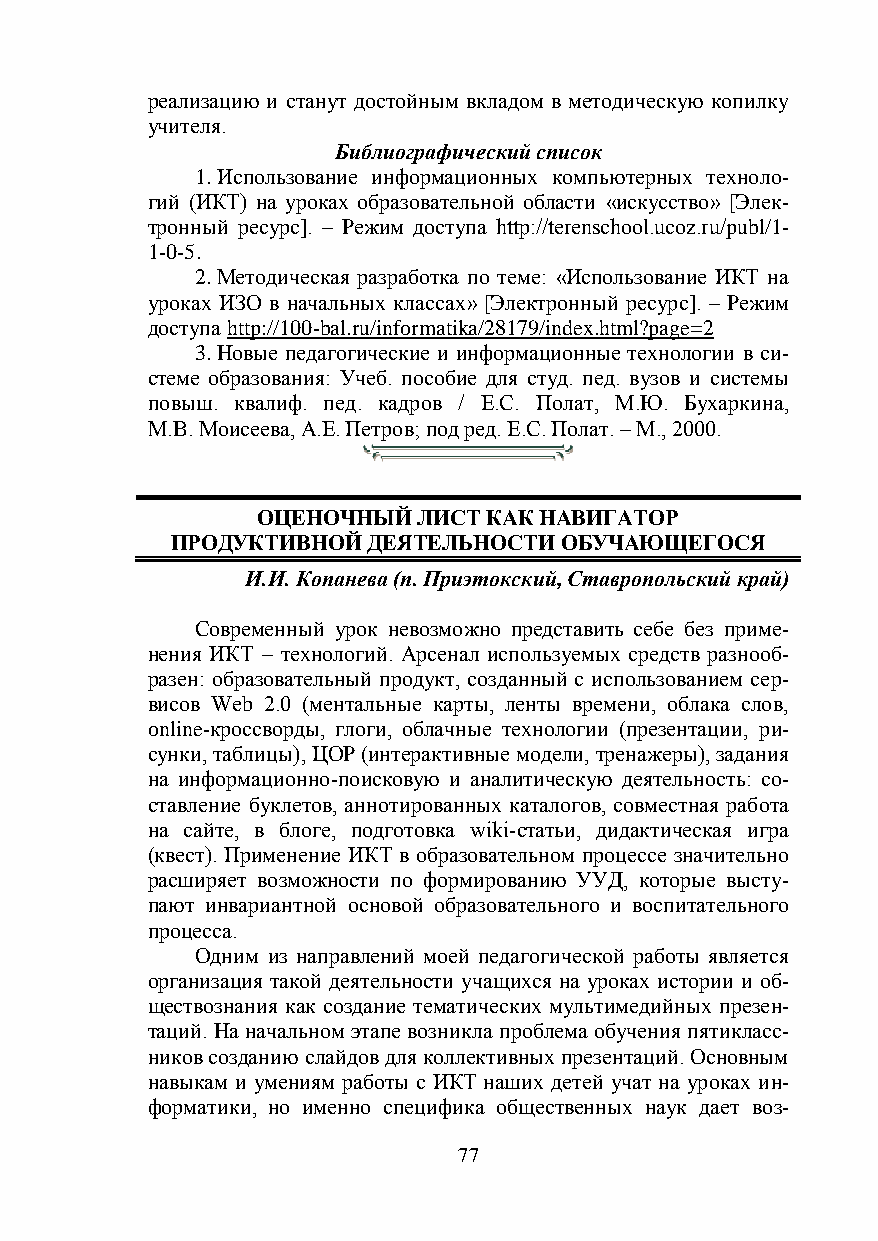
реализацию и станут достойным вкладом в методическую копилку
 учителя.
 Библиографический список
 1. Использование информационных компьютерных техноло-
 гий (ИКТ) на уроках образовательной области «искусство» [Элек-
 тронный ресурс]. – Режим доступа http://terenschool.ucoz.ru/publ/1-
 1-0-5.
 2. Методическая разработка по теме: «Использование ИКТ на
 уроках ИЗО в начальных классах» [Электронный ресурс]. – Режим
 доступа http://100-bal.ru/informatika/28179/index.html?page=2
 3. Новые педагогические и информационные технологии в си-
 стеме образования: Учеб. пособие для студ. пед. вузов и системы
 повыш. квалиф. пед. кадров / Е.С. Полат, М.Ю. Бухаркина,
 М.В. Моисеева, А.Е. Петров; под ред. Е.С. Полат. – М., 2000.
 ОЦЕНОЧНЫЙ  ЛИСТ КАК НАВИГАТОР
 ПРОДУКТИВНОЙ ДЕЯТЕЛЬНОСТИ ОБУЧАЮЩЕГОСЯ
 И.И. Копанева (п. Приэтокский, Ставропольский край)
 Современный урок невозможно представить себе без приме-
 нения ИКТ – технологий. Арсенал используемых средств разнооб-
 разен: образовательный продукт, созданный с использованием сер-
 висов Web 2.0 (ментальные карты, ленты времени, облака слов,
 online-кроссворды, глоги, облачные технологии (презентации, ри-
 сунки, таблицы), ЦОР (интерактивные модели, тренажеры), задания
 на информационно-поисковую и аналитическую деятельность: со-
 ставление буклетов, аннотированных каталогов, совместная работа
 на сайте, в блоге, подготовка wiki-статьи, дидактическая игра
 (квест). Применение ИКТ в образовательном процессе значительно
 расширяет возможности по формированию УУД, которые высту-
 пают инвариантной основой образовательного и воспитательного
 процесса.
 Одним из направлений моей педагогической работы является
 организация такой деятельности учащихся на уроках истории и об-
 ществознания как создание тематических мультимедийных презен-
 таций. На начальном этапе возникла проблема обучения пятикласс-
 ников созданию слайдов для коллективных презентаций. Основным
 навыкам и умениям работы с ИКТ наших детей учат на уроках ин-
 форматики, но именно специфика общественных наук дает воз-
 77